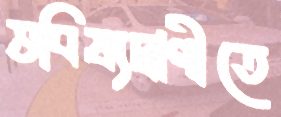
ভবিষ্যদ্বাণীতে